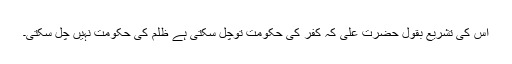
اس کی تشریع بقول حضرت علیؓ کہ کفر کی حکومت توچل سکتی ہے ظلم کی حکومت نہیں چل سکتی۔